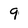
Character: 9